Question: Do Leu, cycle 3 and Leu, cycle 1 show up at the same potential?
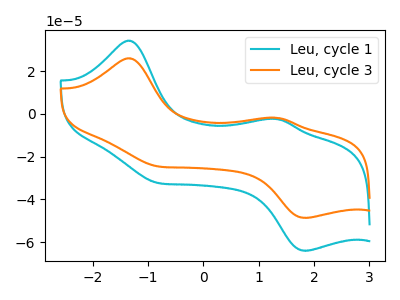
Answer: <think>The cyan curve "Leu, cycle 1" has anodic peaks at (-1.35V, 34.30uA) (1.35V, -2.35uA) and cathodic peaks at (-0.85V, -32.15uA) (1.85V, -64.05uA). The orange curve "Leu, cycle 3" has anodic peaks at (-1.35V, 26.05uA) (1.35V, -1.75uA) and cathodic peaks at (-0.85V, -24.45uA) (1.85V, -48.65uA).
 All the peaks in "Leu, cycle 3" have a peak in "Leu, cycle 1" at the same potential.</think>
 <answer>"Leu, cycle 3" and "Leu, cycle 1" are similar in shape.</answer>
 <eval>same_shape</eval>